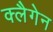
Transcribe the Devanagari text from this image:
क्लैगेन